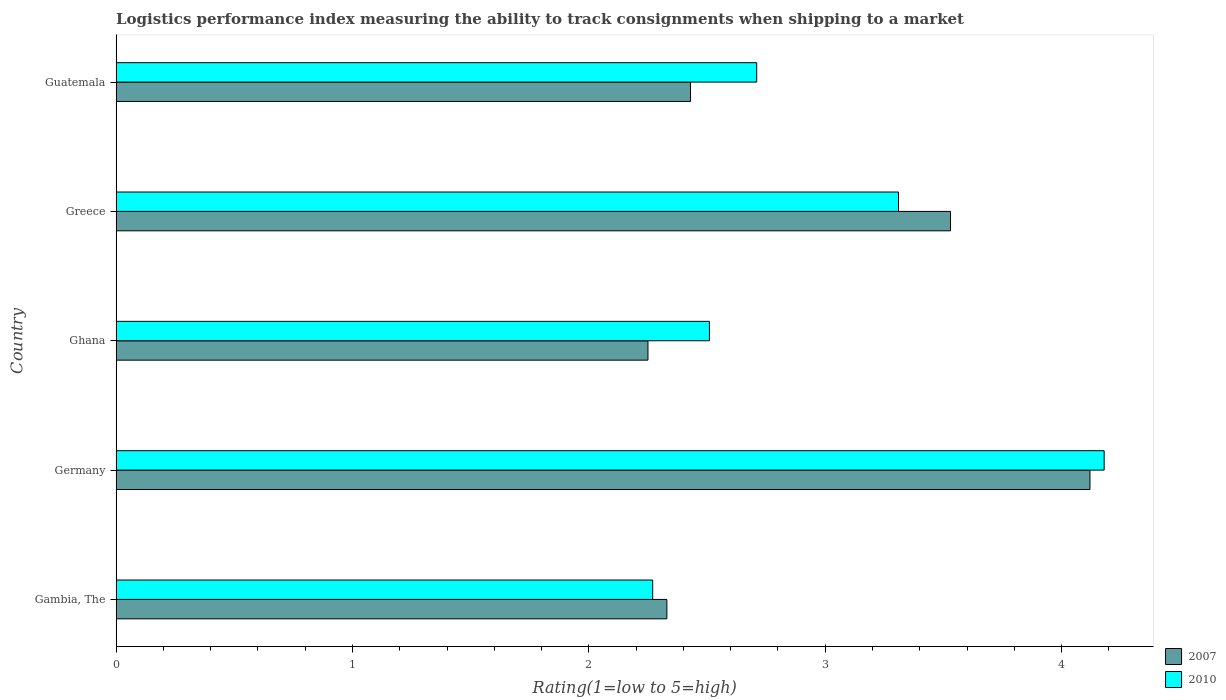
| Country | 2007 | 2010 |
 | --- | --- | --- |
 | Gambia, The | 2.33 | 2.27 |
 | Germany | 4.12 | 4.18 |
 | Ghana | 2.25 | 2.51 |
 | Greece | 3.53 | 3.31 |
 | Guatemala | 2.43 | 2.71 |